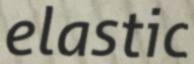
elastic